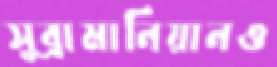
সুব্রামানিয়ানও